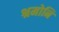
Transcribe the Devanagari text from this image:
श्रमोनि